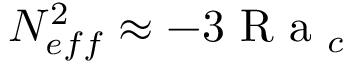
N _ { e f f } ^ { 2 } \approx - 3 \textrm { R a } _ { c }